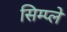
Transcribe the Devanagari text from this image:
सिम्प्ले